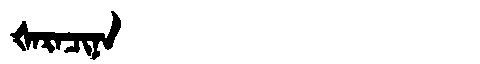
Manchu: ᡧᠠᡵᠠᠴᡳᠨᠠ
Romanization: ŠARACINA